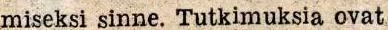
miseksi sinne. Tutkimuksia ovat